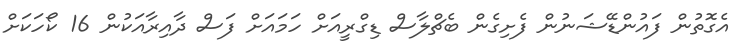
އެގޮތުން ފައުންޑޭޝަނުން ފެށިގެން ބެޗްލާސް ޑިގްރީއަށް ހަމައަށް ފަސް ދާއިރާއަކުން 16 ކޯހަކަށް